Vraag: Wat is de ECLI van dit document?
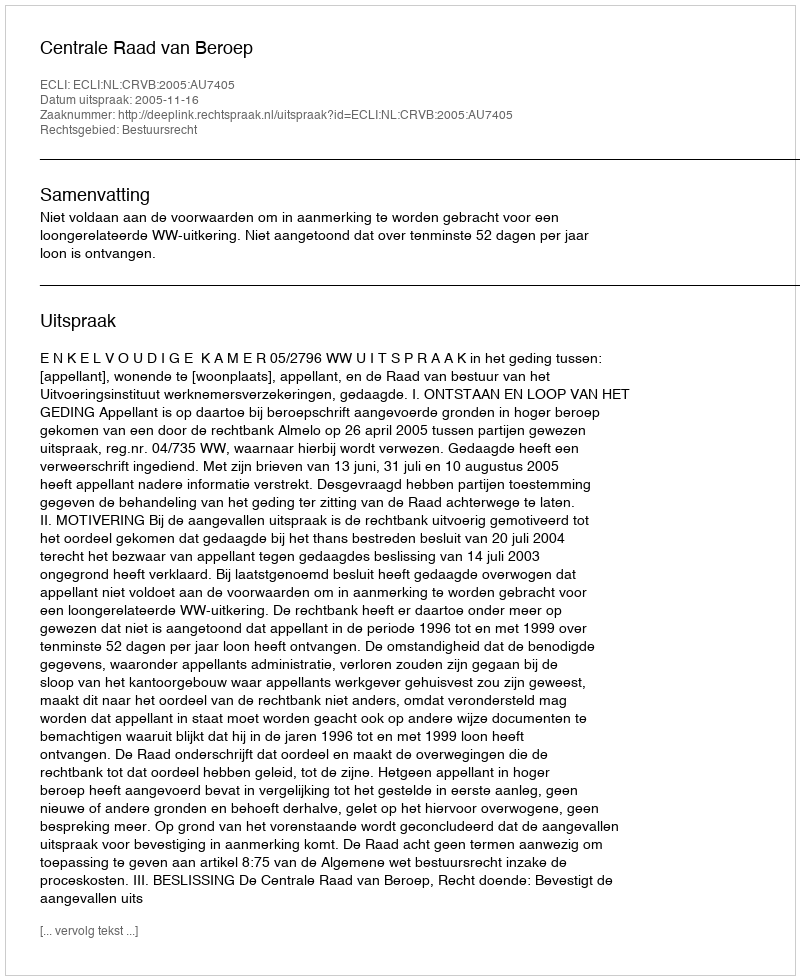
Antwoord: ECLI:NL:CRVB:2005:AU7405